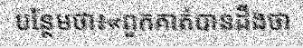
បន្ថែមថា៖«ពួកគាត់បានដឹងថា